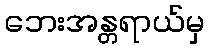
ဘေးအန္တရာယ်မှ